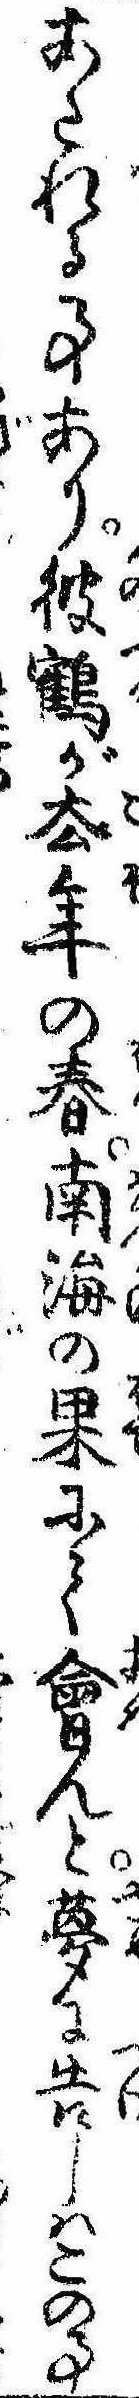
あたれる事あり彼鶴が去年の春南海の果にて会んと夢に告しはこの事